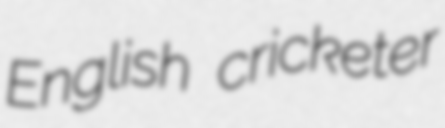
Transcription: English cricketer